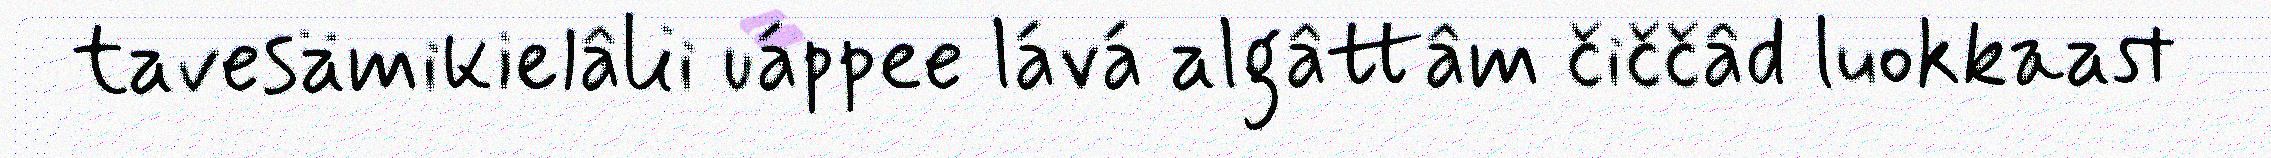
tavesämikielâlii uáppee lává algâttâm čiččâd luokkaast